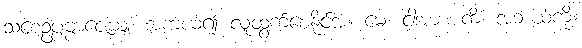
သစေဥပ္ပဗ္ဗာဇေယျံ၊ အကယ်၍ လူထွက်စေနိုင်အံ့။ မေ၊ ငါ့အား။ ကိံ၊ အဘယ်ကို။